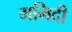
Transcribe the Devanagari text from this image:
ममिदी